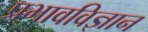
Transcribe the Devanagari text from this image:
प्रभावविज्ञान